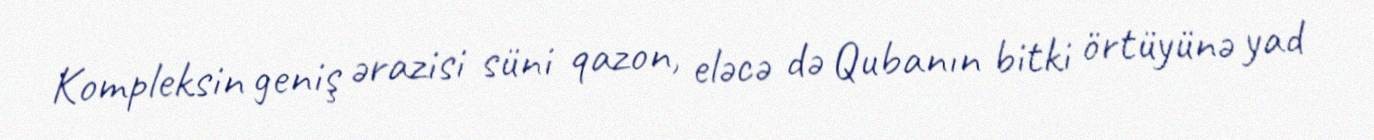
Kompleksin geniş ərazisi süni qazon, eləcə də Qubanın bitki örtüyünə yad